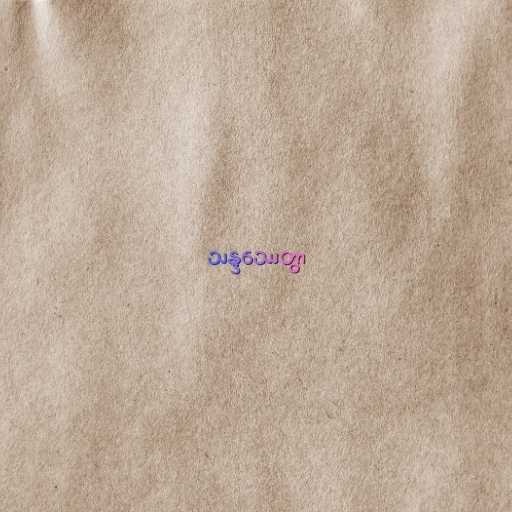
သန္ဒဿေတွာ